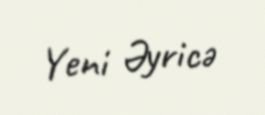
Yeni Əyricə